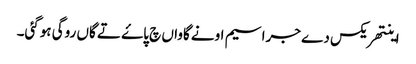
اینتھریکس دے جراسیم اونے گاواں چ پاۓ تے گاں روگی ہوگئی۔